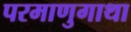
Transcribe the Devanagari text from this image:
परमाणुगाथा